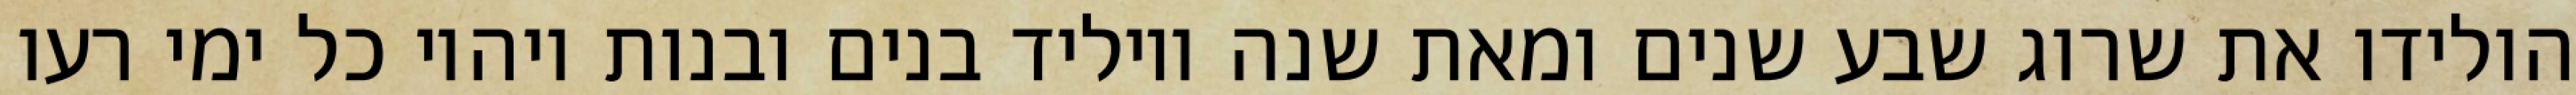
הולידו את שרוג שבע שנים ומאת שנה ויוליד בנים ובנות ויהיו כל ימי רעו